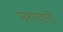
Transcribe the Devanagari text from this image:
मरण्याचे